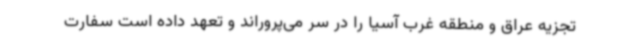
تجزیه عراق و منطقه غرب آسیا را در سر می‌پروراند و تعهد داده است سفارت